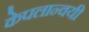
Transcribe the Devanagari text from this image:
केपलान्वयी